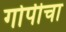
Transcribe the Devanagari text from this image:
गोपीचा